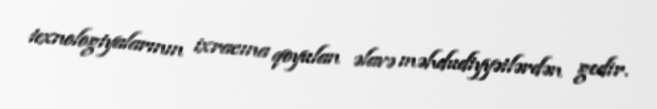
texnologiyalarının ixracına qoyulan əlavə məhdudiyyətlərdən gedir.